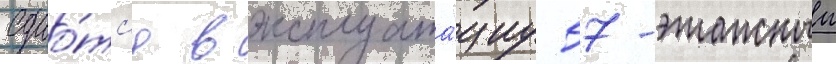
Сдао́тс'я в эксплуата́циу 57-этажныи